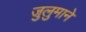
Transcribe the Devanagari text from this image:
जुलुमाने